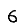
Digit: 6